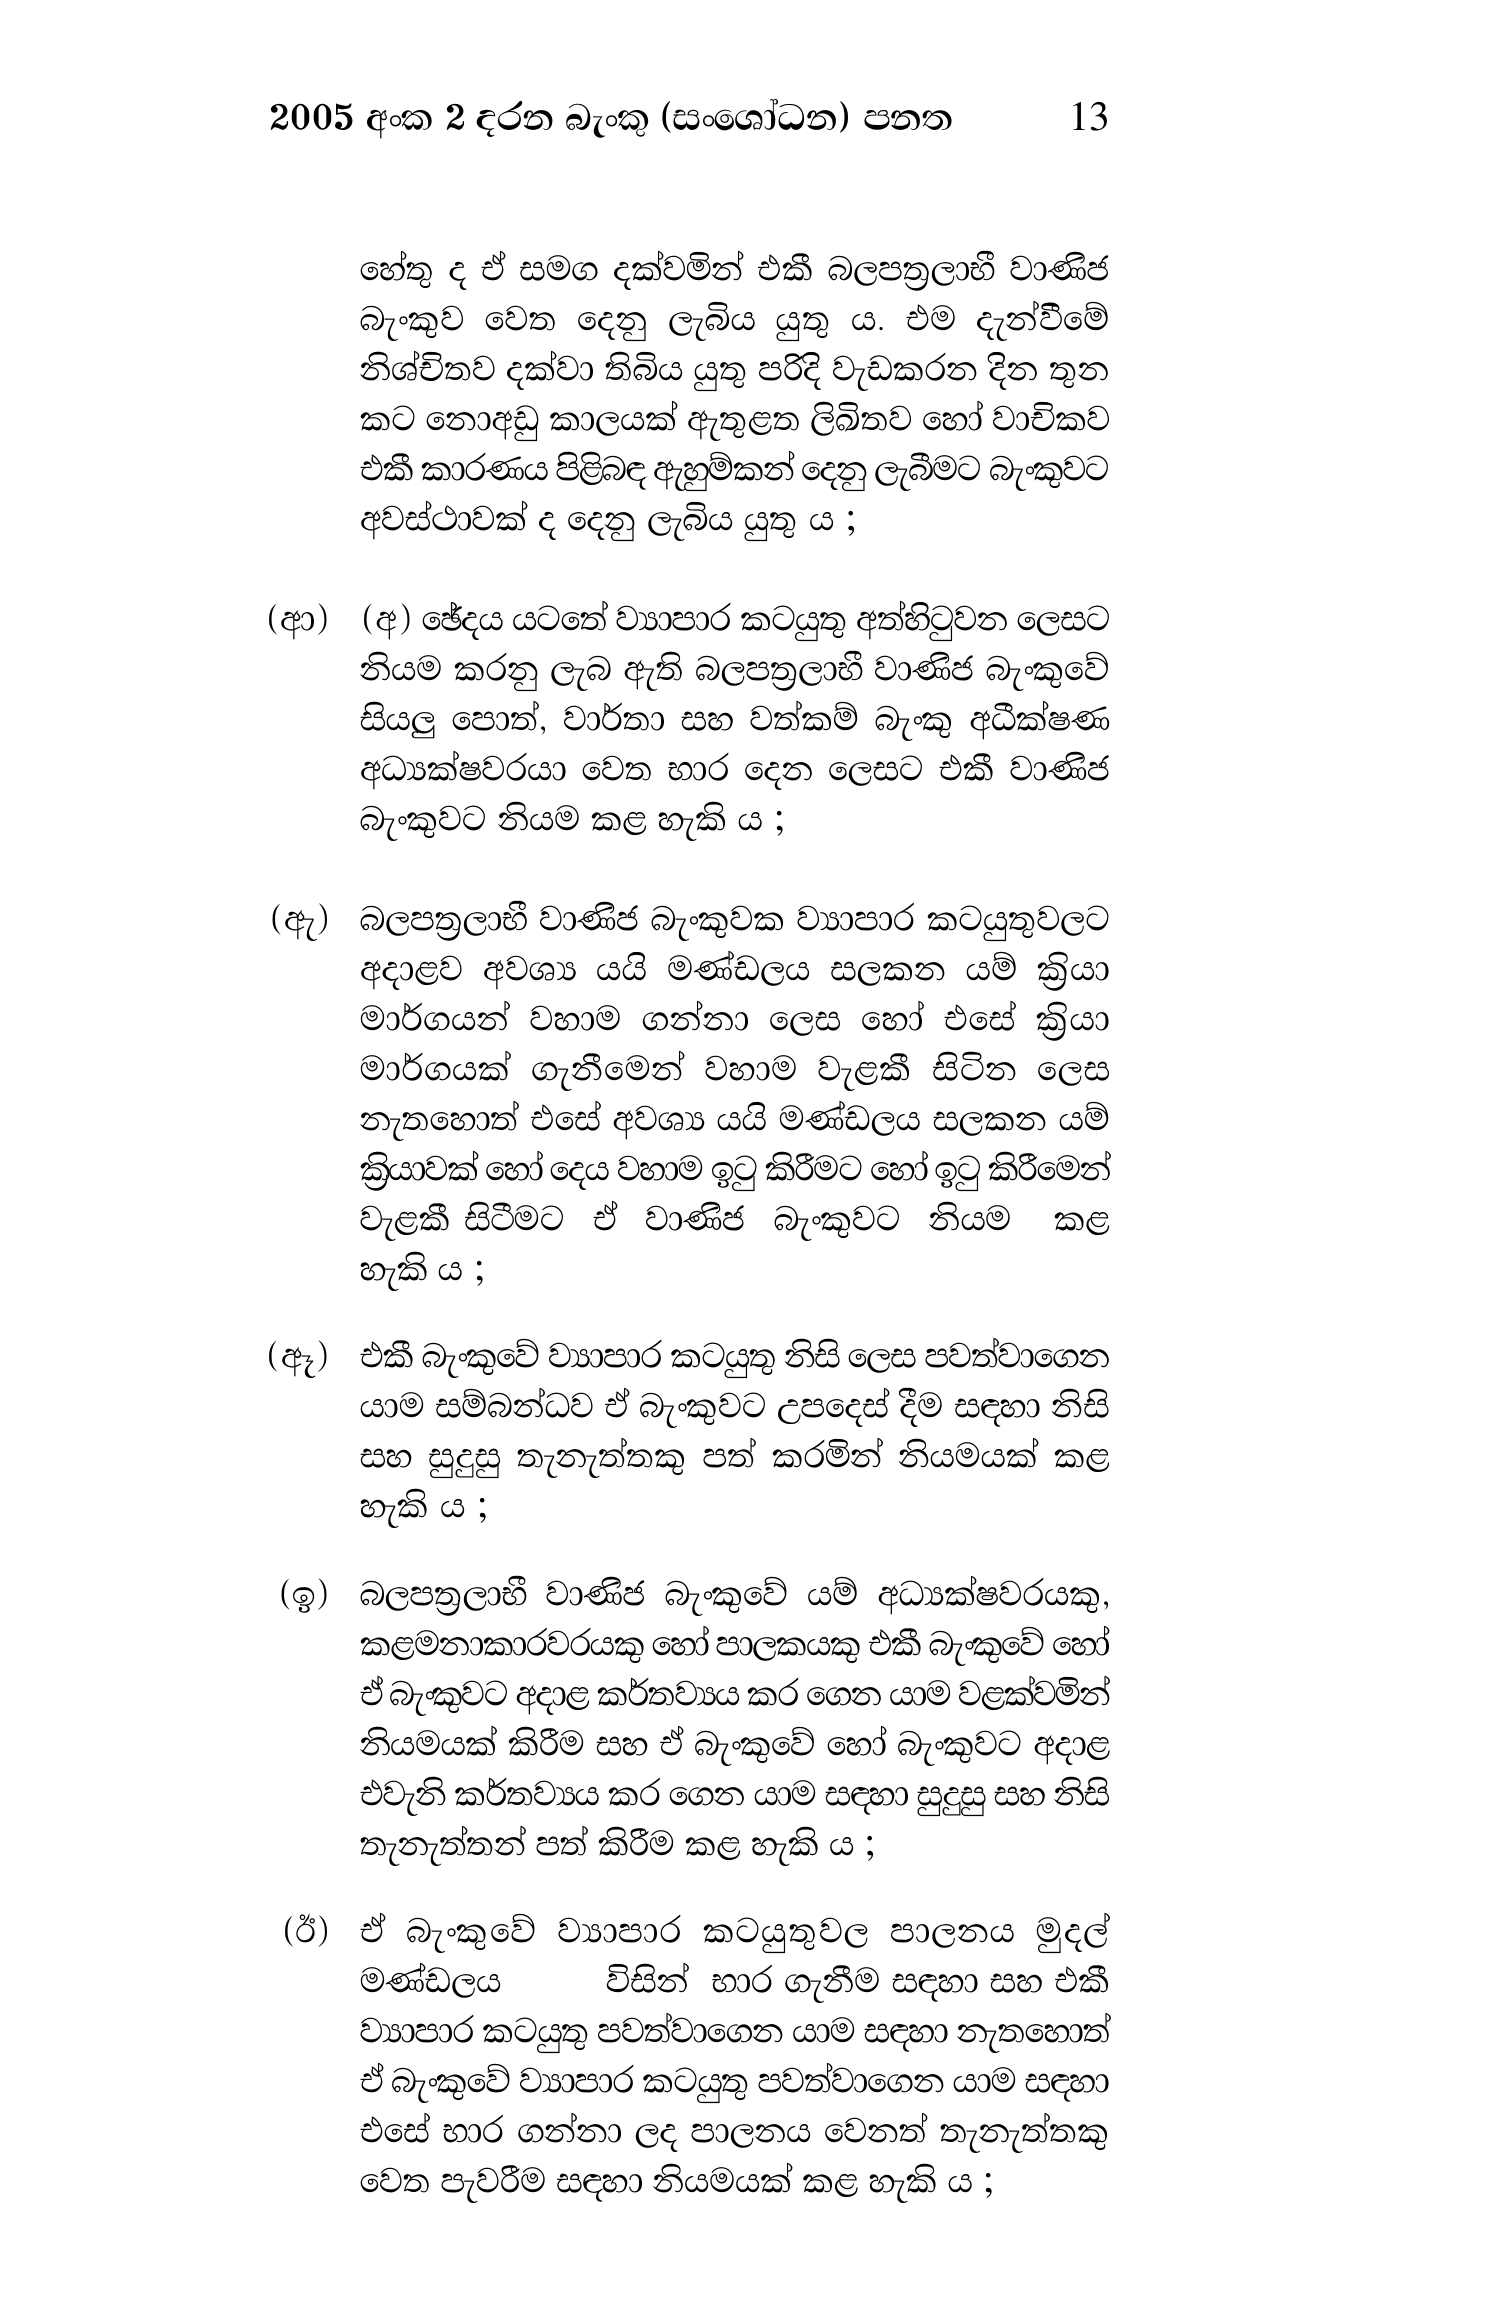
2005 අංක 2 දරන බැංකු (සංශෝධන) පනත 13

හේතු ද ඒ සමග දක්වමින් එකී බලපත්‍රලාභී වාණිජ
බැංකුව වෙත දෙනු ලැබිය යුතු ය. එම දැන්වීමේ
නිශ්චිතව දක්වා තිබිය යුතු පරිදි වැඩකරන දින තුන
කට නොඅඩු කාලයක් ඇතුළත ලිඛිතව හෝ වාචිකව
එකී කාරණය පිළිබඳ ඇහුම්කන් දෙනු ලැබීමට බැංකුවට
අවස්ථාවක් ද දෙනු ලැබිය යුතු ය ;

(ආ) (අ) ඡේදය යටතේ ව්‍යාපාර කටයුතු අත්හිටුවන ලෙසට
නියම කරනු ලැබ ඇති බලපත්‍රලාභී වාණිජ බැංකුවේ
සියලු පොත්, වාර්තා සහ වත්කම් බැංකු අධීක්ෂණ
අධ්‍යක්ෂවරයා වෙත භාර දෙන ලෙසට එකී වාණිජ
බැංකුවට නියම කළ හැකි ය ;

(ඇ) බලපත්‍රලාභී වාණිජ බැංකුවක ව්‍යාපාර කටයුතුවලට
අදාළව අවශ්‍ය යයි මණ්ඩලය සලකන යම් ක්‍රියා
මාර්ගයන් වහාම ගන්නා ලෙස හෝ එසේ ක්‍රියා
මාර්ගයක් ගැනීමෙන් වහාම වැළකී සිටින ලෙස
නැතහොත් එසේ අවශ්‍ය යයි මණ්ඩලය සලකන යම්
ක්‍රියාවක් හෝ දෙය වහාම ඉටු කිරීමට හෝ ඉටු කිරීමෙන්
වැළකී සිටීමට ඒ වාණිජ බැංකුවට නියම කළ
හැකි ය ;

(ඈ) එකී බැංකුවේ ව්‍යාපාර කටයුතු නිසි ලෙස පවත්වාගෙන
යාම සම්බන්ධව ඒ බැංකුවට උපදෙස් දීම සඳහා නිසි
සහ සුදුසු තැනැත්තකු පත් කරමින් නියමයක් කළ
හැකි ය ;

(ඉ) බලපත්‍රලාභී වාණිජ බැංකුවේ යම් අධ්‍යක්ෂවරයකු,
කළමනාකාරවරයකු හෝ පාලකයකු එකී බැංකුවේ හෝ
ඒ බැංකුවට අදාළ කර්තව්‍යය කර ගෙන යාම වළක්වමින්
නියමයක් කිරීම සහ ඒ බැංකුවේ හෝ බැංකුවට අදාළ
එවැනි කර්තව්‍යය කර ගෙන යාම සඳහා සුදුසු සහ නිසි
තැනැත්තන් පත් කිරීම කළ හැකි ය ;

(ඊ) ඒ බැංකුවේ ව්‍යාපාර කටයුතුවල පාලනය මුදල්
මණ්ඩලය විසින් භාර ගැනීම සඳහා සහ එකී
ව්‍යාපාර කටයුතු පවත්වාගෙන යාම සඳහා නැතහොත්
ඒ බැංකුවේ ව්‍යාපාර කටයුතු පවත්වාගෙන යාම සඳහා
එසේ භාර ගන්නා ලද පාලනය වෙනත් තැනැත්තකු
වෙත පැවරීම සඳහා නියමයක් කළ හැකි ය;